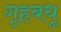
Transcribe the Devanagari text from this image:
गृहबधू